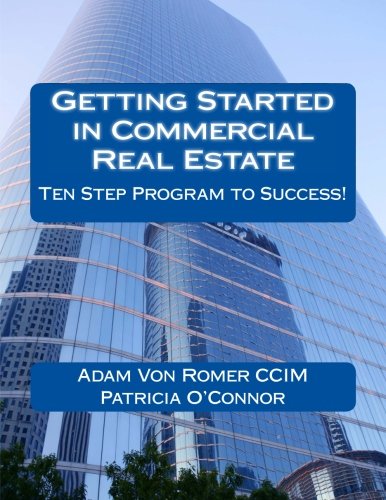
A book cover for Getting Started in Commercial Real Estate Ten Step Program to Success!; Adam Von Romer CCIM; Business & Money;